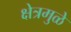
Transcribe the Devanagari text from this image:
क्षेत्रमुळे